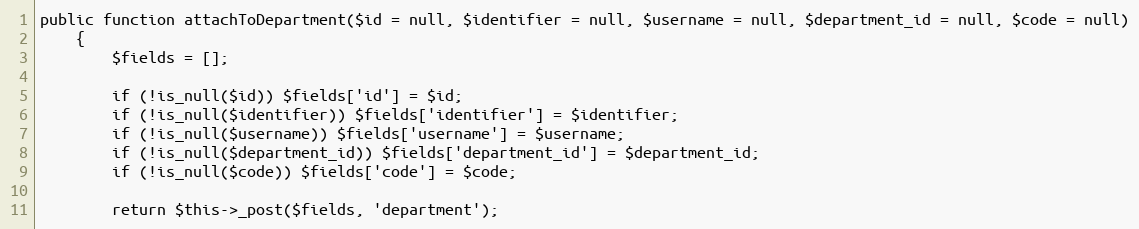
Language: PHP
public function attachToDepartment($id = null, $identifier = null, $username = null, $department_id = null, $code = null)
    {
        $fields = [];

        if (!is_null($id)) $fields['id'] = $id;
        if (!is_null($identifier)) $fields['identifier'] = $identifier;
        if (!is_null($username)) $fields['username'] = $username;
        if (!is_null($department_id)) $fields['department_id'] = $department_id;
        if (!is_null($code)) $fields['code'] = $code;

        return $this->_post($fields, 'department');